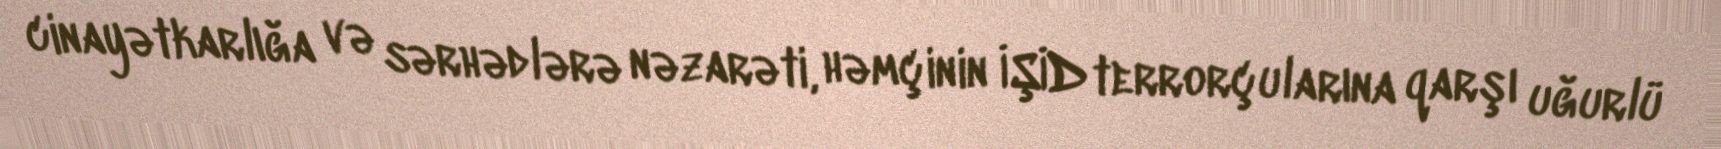
cinayətkarlığa və sərhədlərə nəzarəti, həmçinin İŞİD terrorçularına qarşı uğurlü